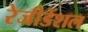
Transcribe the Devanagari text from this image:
रेजीडेंशल